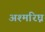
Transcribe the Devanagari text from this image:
अश्मरिघ्न